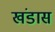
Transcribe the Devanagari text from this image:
खंडास